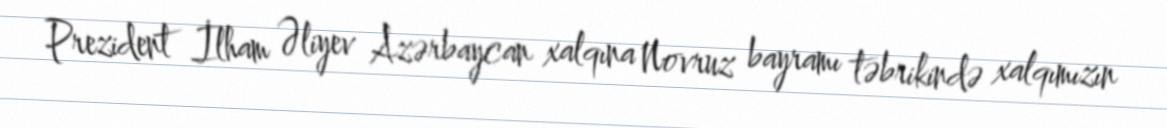
Prezident İlham Əliyev Azərbaycan xalqına Novruz bayramı təbrikində xalqımızın